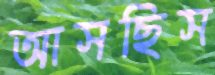
আসছিস